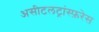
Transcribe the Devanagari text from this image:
असीटलट्रांस्फ़रेस